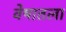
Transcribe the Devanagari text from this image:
वेषातला